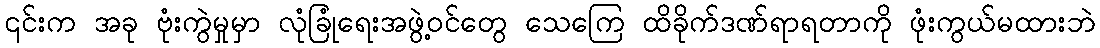
၎င်းက အခု ဗုံးကွဲမှုမှာ လုံခြုံရေးအဖွဲ့ဝင်တွေ သေကြေ ထိခိုက်ဒဏ်ရာရတာကို ဖုံးကွယ်မထားဘဲ